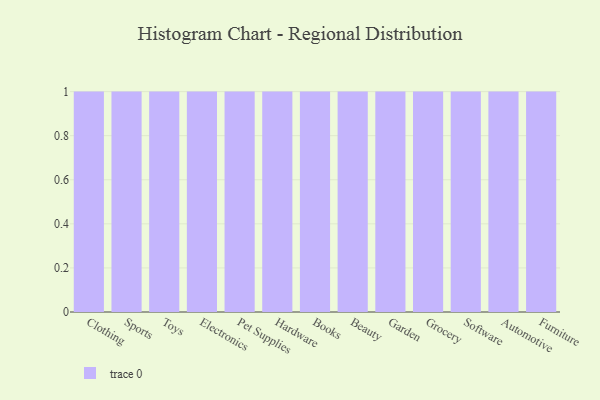
{"axis": {"x": "Category", "y": "Revenue (USD Million)"}, "legend": [""], "data": [{"x": "Clothing", "y": 97, "type": ""}, {"x": "Sports", "y": 18, "type": ""}, {"x": "Toys", "y": 17, "type": ""}, {"x": "Electronics", "y": 57, "type": ""}, {"x": "Pet Supplies", "y": 63, "type": ""}, {"x": "Hardware", "y": 15, "type": ""}, {"x": "Books", "y": 92, "type": ""}, {"x": "Beauty", "y": 57, "type": ""}, {"x": "Garden", "y": 7, "type": ""}, {"x": "Grocery", "y": 93, "type": ""}, {"x": "Software", "y": 62, "type": ""}, {"x": "Automotive", "y": 51, "type": ""}, {"x": "Furniture", "y": 21, "type": ""}]}